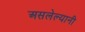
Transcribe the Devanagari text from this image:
असलेल्यानी